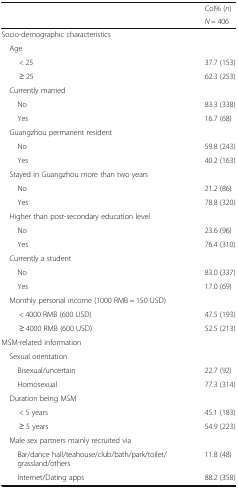
<table><thead><tr><td rowspan="2"></td><td><b>Col% (<i>n</i>)</b></td></tr><tr><td><b><i>N</i> = 406</b></td></tr></thead><tbody><tr><td colspan="2">Socio-demographic characteristics</td></tr><tr><td colspan="2"> Age</td></tr><tr><td>&lt; 25</td><td>37.7 (153)</td></tr><tr><td>≥ 25</td><td>62.3 (253)</td></tr><tr><td colspan="2"> Currently married</td></tr><tr><td>No</td><td>83.3 (338)</td></tr><tr><td>Yes</td><td>16.7 (68)</td></tr><tr><td colspan="2"> Guangzhou permanent resident</td></tr><tr><td>No</td><td>59.8 (243)</td></tr><tr><td>Yes</td><td>40.2 (163)</td></tr><tr><td colspan="2"> Stayed in Guangzhou more than two years</td></tr><tr><td>No</td><td>21.2 (86)</td></tr><tr><td>Yes</td><td>78.8 (320)</td></tr><tr><td colspan="2"> Higher than post-secondary education level</td></tr><tr><td>No</td><td>23.6 (96)</td></tr><tr><td>Yes</td><td>76.4 (310)</td></tr><tr><td colspan="2"> Currently a student</td></tr><tr><td>No</td><td>83.0 (337)</td></tr><tr><td>Yes</td><td>17.0 (69)</td></tr><tr><td colspan="2"> Monthly personal income (1000 RMB = 150 USD)</td></tr><tr><td>&lt; 4000 RMB (600 USD)</td><td>47.5 (193)</td></tr><tr><td>≥ 4000 RMB (600 USD)</td><td>52.5 (213)</td></tr><tr><td colspan="2">MSM-related information</td></tr><tr><td colspan="2"> Sexual orientation</td></tr><tr><td>Bisexual/uncertain</td><td>22.7 (92)</td></tr><tr><td>Homosexual</td><td>77.3 (314)</td></tr><tr><td colspan="2"> Duration being MSM</td></tr><tr><td>&lt; 5 years</td><td>45.1 (183)</td></tr><tr><td>≥ 5 years</td><td>54.9 (223)</td></tr><tr><td colspan="2"> Male sex partners mainly recruited via</td></tr><tr><td>Bar/dance hall/teahouse/club/bath/park/toilet/grassland/others</td><td>11.8 (48)</td></tr><tr><td>Internet/Dating apps</td><td>88.2 (358)</td></tr></tbody></table>